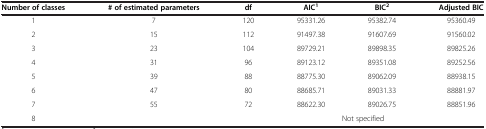
| Number of classes | # of estimated parameters | df | AIC1 | BIC2 | Adjusted BIC |
 | --- | --- | --- | --- | --- | --- |
 | 1 | 7 | 120 | 95331.26 | 95382.74 | 95360.49 |
 | 2 | 15 | 112 | 91497.38 | 91607.69 | 91560.02 |
 | 3 | 23 | 104 | 89729.21 | 89898.35 | 89825.26 |
 | 4 | 31 | 96 | 89123.12 | 89351.08 | 89252.56 |
 | 5 | 39 | 88 | 88775.30 | 89062.09 | 88938.15 |
 | 6 | 47 | 80 | 88685.71 | 89031.33 | 88881.97 |
 | 7 | 55 | 72 | 88622.30 | 89026.75 | 88851.96 |
 | 8 |  | <COLSPAN=4> Not specified |